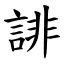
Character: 誹